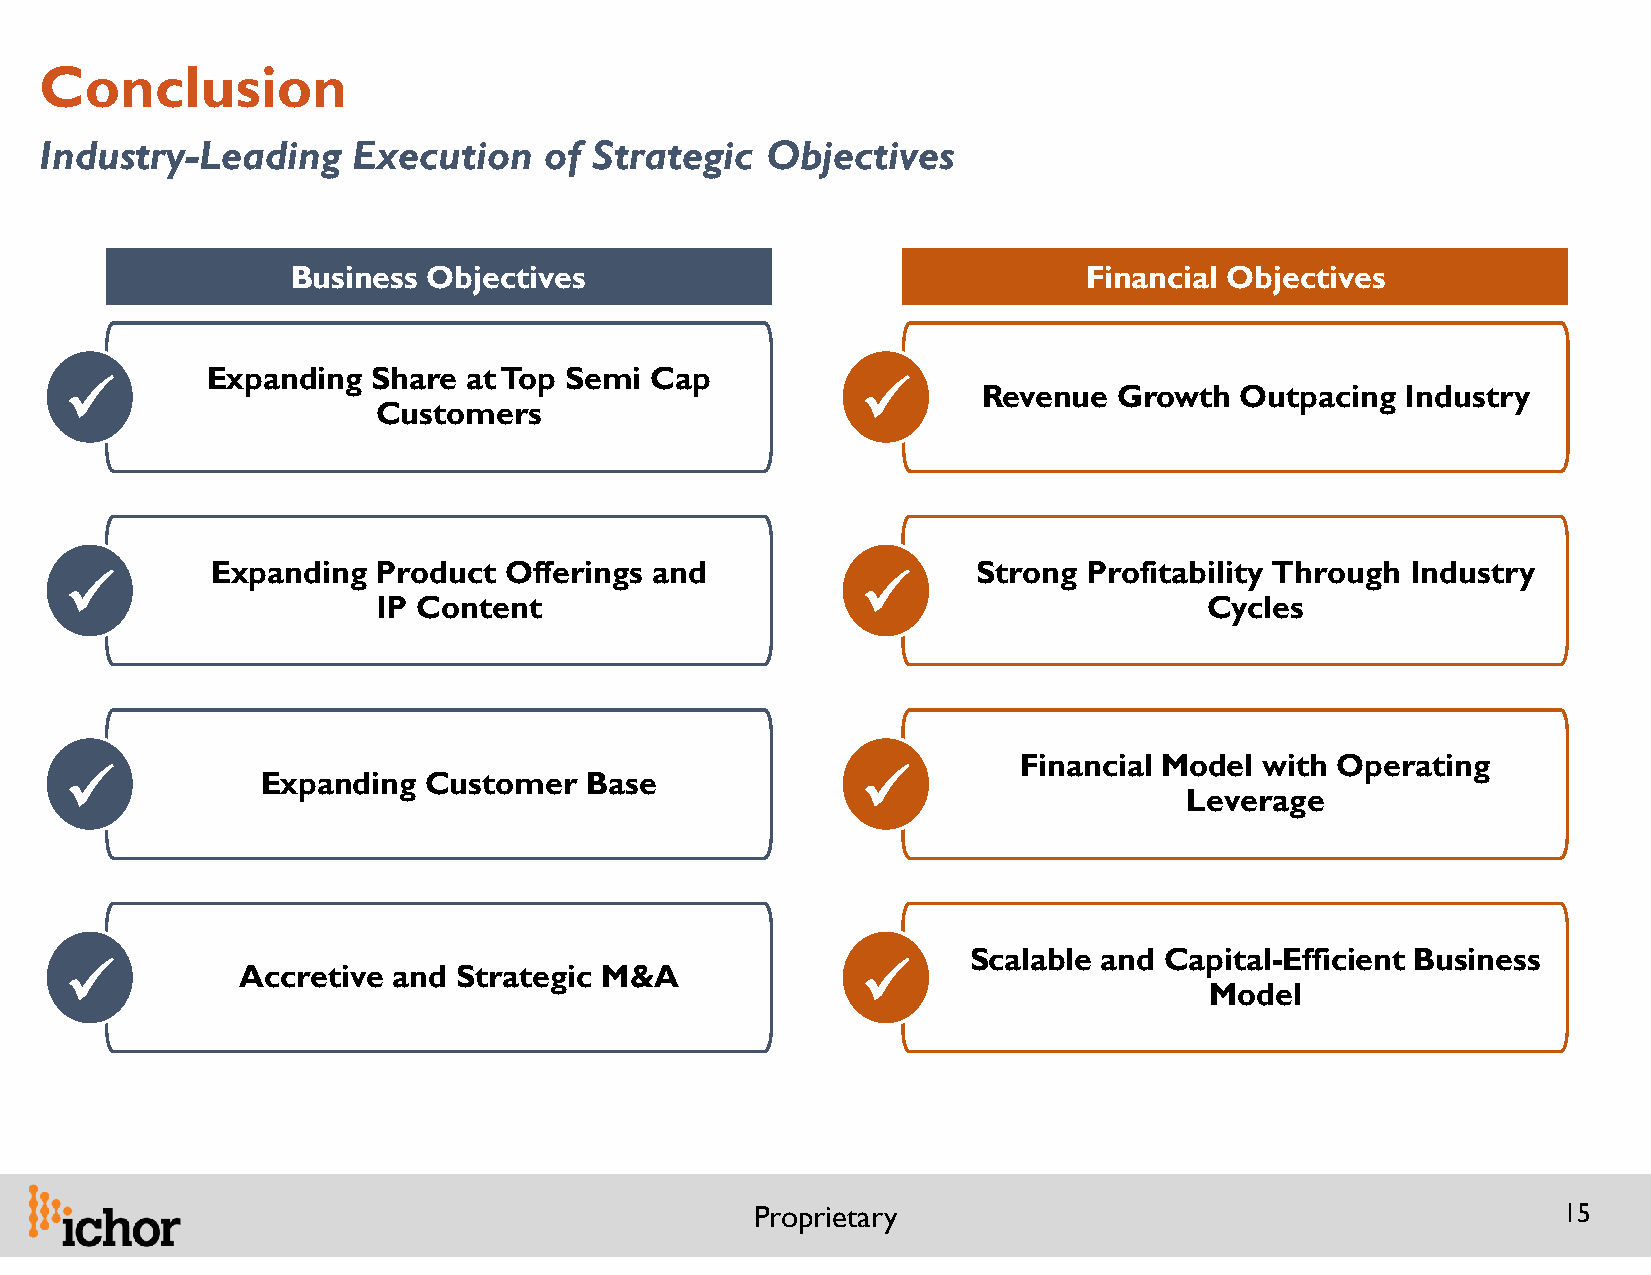
Conclusion
 Industry-Leading    Execution    of Strategic   Objectives
 Business Objectives                                  Financial Objectives
 Expanding  Share at Top Semi Cap
                                                     
 Revenue  Growth  Outpacing  Industry
 Customers
 Expanding  Product Offerings and                   Strong Profitability Through Industry
                                                     
 IP Content                                             Cycles
 Financial Model  with Operating
             Expanding  Customer   Base              
 Leverage
 Scalable and Capital-Efficient Business
            Accretive and Strategic M&A              
 Model
 Proprietary                                          15